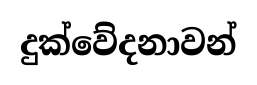
දුක්වේදනාවන්